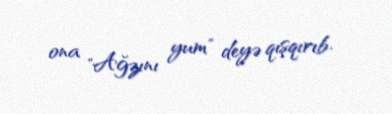
ona "Ağzını yum" deyə qışqırıb.